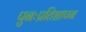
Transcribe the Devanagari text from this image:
पुनःप्रतिष्ठापन